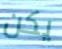
يكن